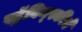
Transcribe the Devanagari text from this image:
स्ट्रॅविन्स्कीचे